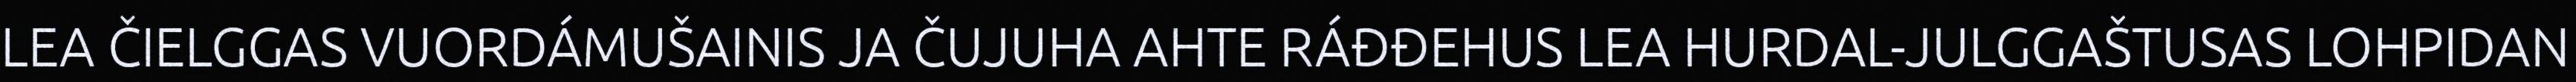
LEA ČIELGGAS VUORDÁMUŠAINIS JA ČUJUHA AHTE RÁĐĐEHUS LEA HURDAL-JULGGAŠTUSAS LOHPIDAN